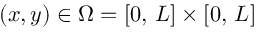
( x , y ) \in \Omega = [ 0 , \, L ] \times [ 0 , \, L ]